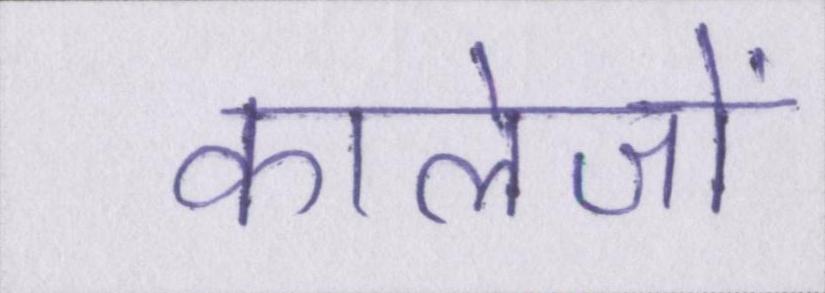
कालेजों